Report on sanitation, dispensaries, and jails in Rajputana for 1910, and on vaccination for the year 1910-1911 - 1910-1911
Year: 1910
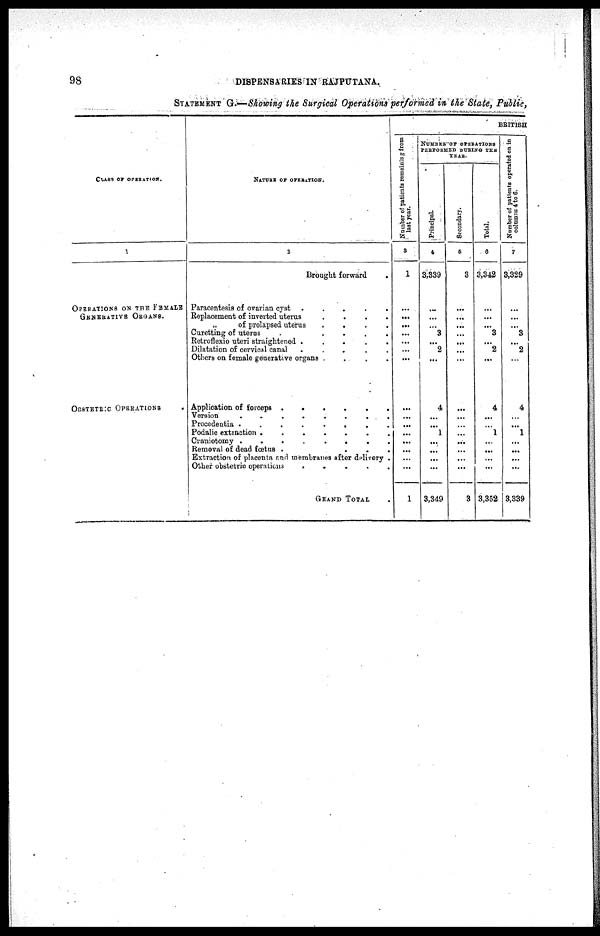
98
DISPENSARIES IN RAJPUTANA.
STATEMENT G.—Showing the Surgical Operations performed in the State, Public,
CLASS OF OPERATION.
1
OPERATIONS ON THE FEMALE
GENERATIVE ORGANS.
OBSTETRIC OPERATIONS
NATURE OF OPERATION.
2
Brought forward
.
Paracentesis of ovarian cyst .
.
.
.
.
Replacement of inverted uterus
.
.
.
.
„
of prolapsed uterus
.
.
.
.
Curetting of uterus
.
.
.
.
.
Retroflexio uteri straightened .
.
.
.
.
Dilatation of cervical canal
.
.
.
.
.
Others on female generative organs .
.
.
.
Application of forceps .
.
.
.
.
.
Version
.
.
.
.
.
.
.
.
Procedentia .
.
.
.
.
.
.
.
Podalic extraction .
.
.
.
.
.
.
Craniotomy .
.
.
.
.
.
.
.
Removal of dead fœtus .
.
.
.
Extraction of placenta and membranes after delivery .
Other obstetric operations
. . . . .
GRAND
TOTAL .
BRITISH
Number of patients remaining from
last year.
3
1
...
...
...
...
...
...
...
...
...
...
...
...
...
...
...
1
NUMBER OF OPERATIONS
PERFORMED DURING THE
YEAR.
Principal.
4
3,339
...
...
...
3
...
2
...
4
...
...
1
...
...
...
...
3,349
Secondary.
5
3
...
...
...
...
...
...
...
...
...
...
...
...
...
...
...
3
Total.
6
3,342
...
...
...
3
...
2
...
4
...
...
1
...
...
...
...
3,352
Number of patients operated on in
columns 4 to 6.
7
3,329
...
...
...
3
...
2
...
4
...
...
1
...
...
...
...
3,339